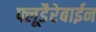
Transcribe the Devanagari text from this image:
फ्लूडैरेबाईन